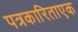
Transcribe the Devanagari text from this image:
पत्रकारिताएक